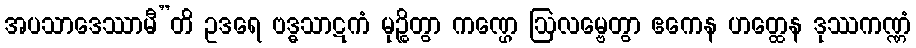
အပသာဒေဿာမီ”တိ ဥဒရေ ဗဒ္ဓသာဋကံ မုဉ္စိတွာ ကဏ္ဌေ ဩလမ္ဗေတွာ ဧကေန ဟတ္ထေန ဒုဿကဏ္ဏံ